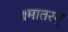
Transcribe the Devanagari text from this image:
॥मातरम्